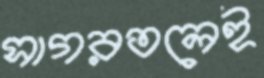
সাগরতলেই